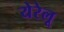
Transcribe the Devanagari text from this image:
येरेलू